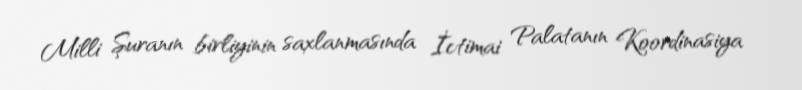
Milli Şuranın birliyinin saxlanmasında İctimai Palatanın Koordinasiya